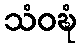
သံဝဍ္ဎံ